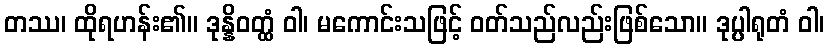
တဿ၊ ထိုရဟန်း၏။ ဒုန္နိဝတ္ထံ ဝါ၊ မကောင်းသဖြင့် ဝတ်သည်လည်းဖြစ်သော။ ဒုပ္ပါရုတံ ဝါ၊